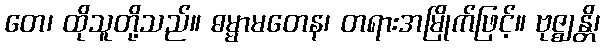
တေ၊ ထိုသူတို့သည်။ ဓမ္မာမတေန၊ တရားအမြိုက်ဖြင့်။ ဗုဇ္ဈန္တိ၊